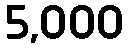
5,000